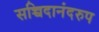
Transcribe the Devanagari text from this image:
सच्चिदानंदरुप